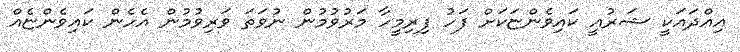
އިއްދައަކީ ޝަރުއީ ކައިވެންޏަކަށް ފަހު ފިރިމީހާ މަރުވުމުން ނުވަތަ ވަރިވުމުން އެހެން ކައިވެންޏެއް